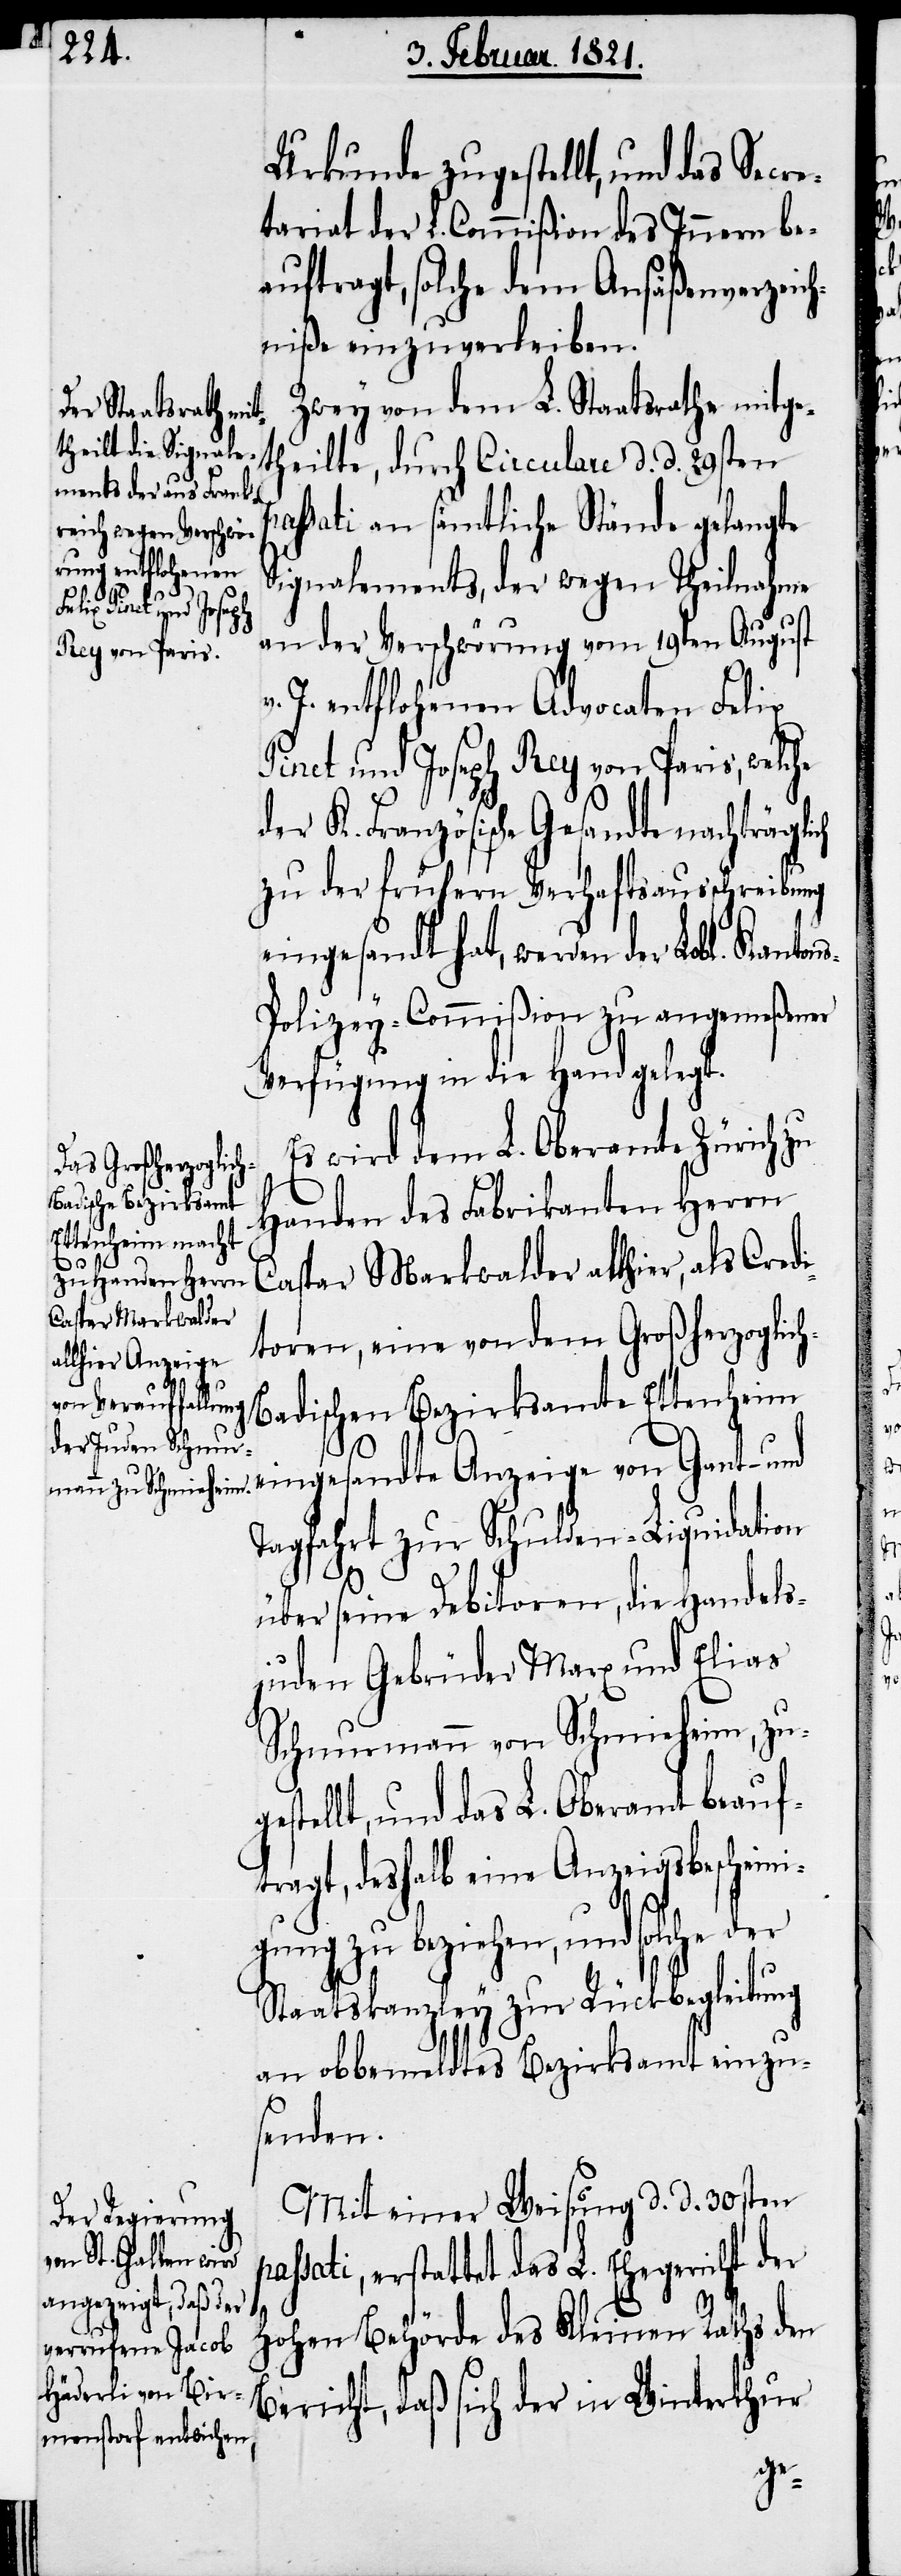
der

Urkunde zugestellt, und das Secre¬
tariat der L. Commißion des Innern be¬
auftragt, solche dem Ansäßenverzeic¬
hniße einzuverleiben.
Zwey von dem L. Staatsrathe mitge¬
theilte, durch Circulare d. d. 29sten
passati an sämtliche Stände gelangte
Signalements, der wegen Theilnahme
ch
an der Verschwörung vom 19ten August
Anzeige von Gant-
v. J. entflohenen Advocaten Felix
Pinet und Joseph Rey von Paris, welche
der K. Französische Gesandte nachträgli¬
zu der frühern Verhaftsausschreibung
eingesandt hat, werden der Lobl.
s-Polizey-Commißion zu angemeßener
Verfügung in die Hand gelegt.
Es wird dem L. Oberamte Zürich zu
Handen des Fabrikanten Herrn
Caspar Markwalder allhier, als Credi¬
toren, eine von dem Großherzoglic¬
h-Badischen Bezirksamte Ettenheim
Tagfahrt zur Schulden-Liquidation
über seine Debitoren, die Handels¬
juden Gebrüder Marx und Elias
Schnurmann von Schmieheim, zug¬
estellt, und das L. Oberamt beauf¬
tragt, deshalb eine Anzeigsbescheini¬
gung zu beziehen, und solche
Staatskanzley zur Rückbegleitung
an obbemeldtes Bezirksamt einzu¬
senden.
Mit einer Weisung d. d. 30sten
passati, erstattet des L. Ehegericht der
hohen Behörde des Kleinen Raths den
Bericht, daß sich der in Winterthur